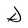
Character: D